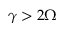
\gamma > 2 \Omega